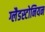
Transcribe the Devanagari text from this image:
ग्लैडस्टोनियन